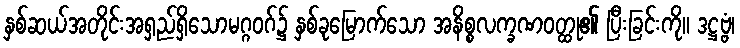
နှစ်ဆယ်အတိုင်းအရှည်ရှိသောမဂ္ဂဝဂ်၌ နှစ်ခုမြောက်သော အနိစ္စလက္ခဏဝတ္ထု၏ ပြီးခြင်းကို။ ဒဋ္ဌဗ္ဗံ၊